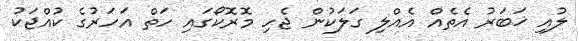
ލުއި ޚަބަރު އެތެއް އެއްލި ގަލަކުން ޖެހި މޮރޮކޯގައި ހަތް އަހަރުގެ ކުއްޖަކު